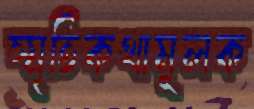
স্মৃতিকথামূলক